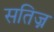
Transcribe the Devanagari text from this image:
सतिज्न